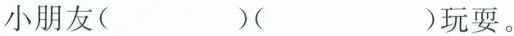
小朋友( ）（ ）玩耍。